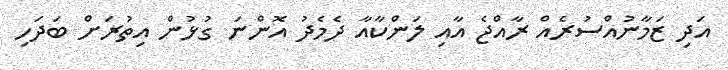
އަދި ޒަމާނުއްސުރެއް ރާއްޖެ އާއި ލަންކާއާ ދެމެދު އޮންނަ ގުޅުން އިތުރަށް ބަދަހި